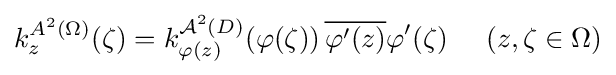
k_{z}^{A^{2}(\Omega )}(\zeta )=k_{\varphi (z)}^{{\mathcal {A}}^{2}(D)}(\varphi (\zeta ))\,{\overline {\varphi '(z)}}\varphi '(\zeta )\;\;\;\;\;(z,\zeta \in \Omega )